Leningradi_Edasi_toimetus, lk 63
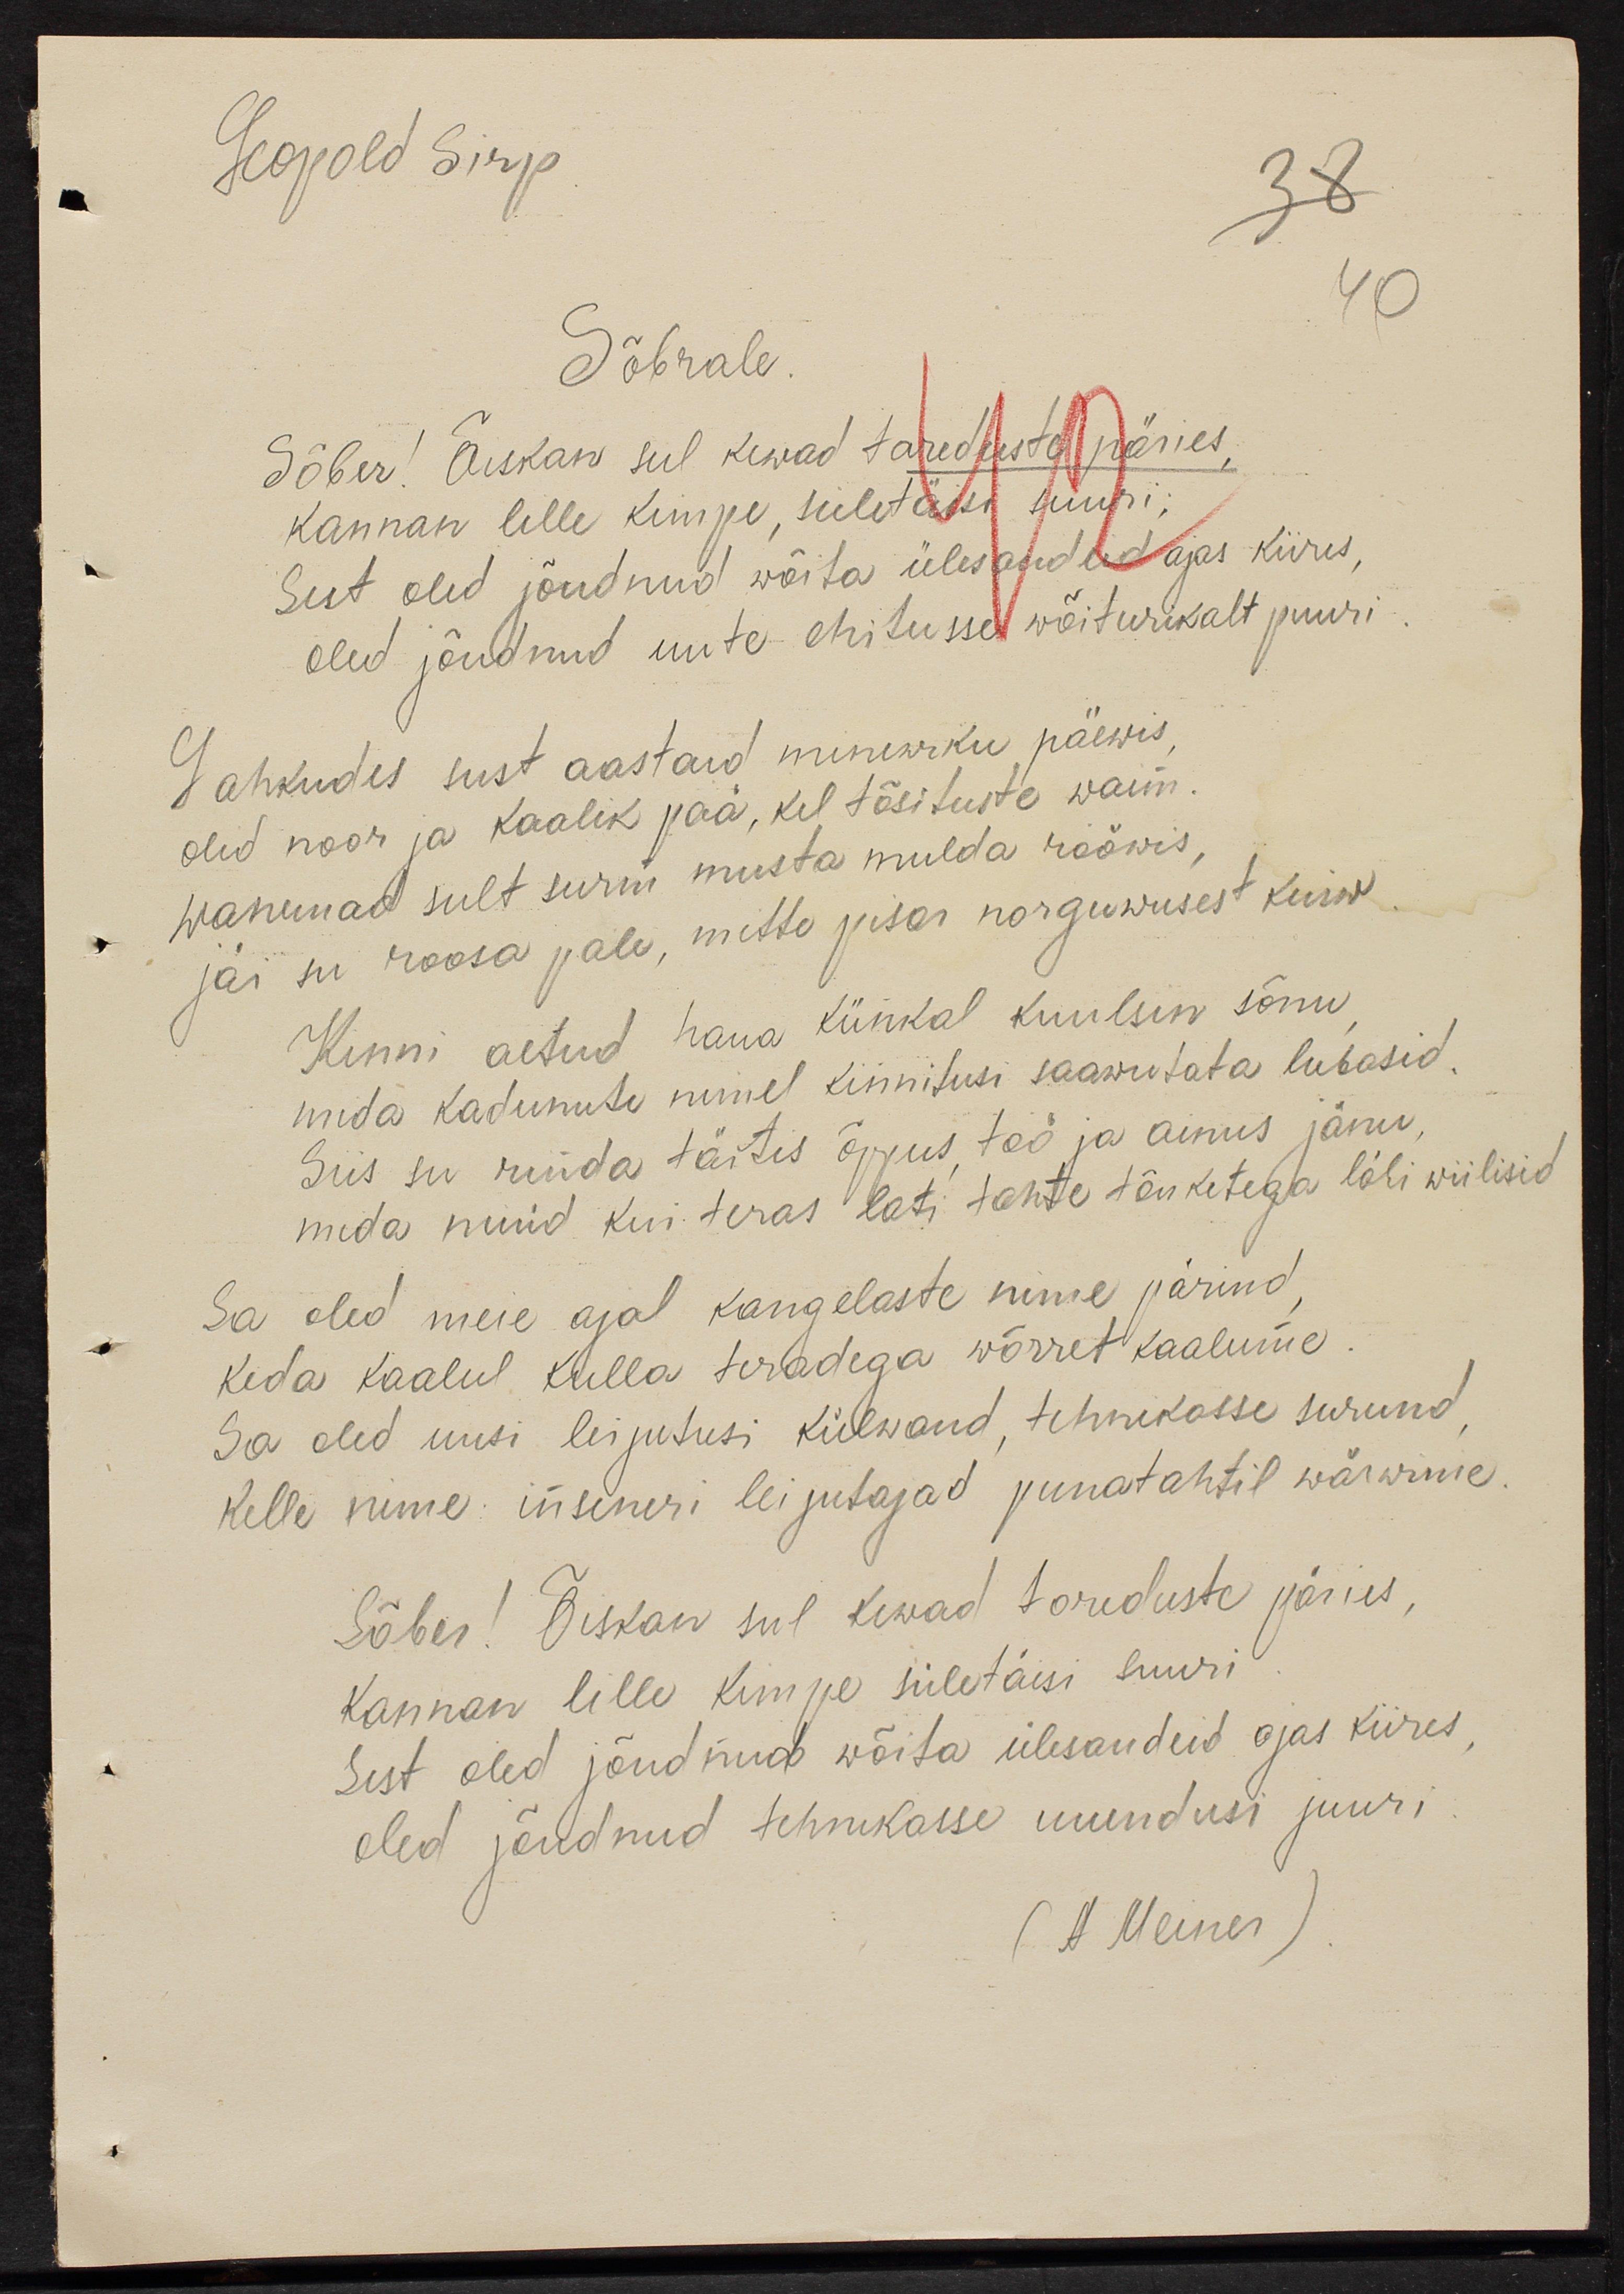
Leopold Sirp
Sõbrale
Sõber! õiskan sul kewad tareduste päries
kannan lille kimpe, sületäisi suuri
Sest olid jõudnud wõita ülesandeid ajas kiires,
olud jõudnud uute ehitusse wõiturikalt puuri
Lahkudes sust aastaid minewiku päewis,
olid noor ja kaalik pää, kel tõsituste waim.
wanemad sult surm musta mulda röövis
jäi su roosa pale, mitte pisar norguwusest kuiw
Kinni aetud haua künkal kuulsin sõnu
mida kadunute nimel kinnitusi saawutata lubasid
Siis su rinda täitis õppus, töö ja ainus jänu,
mida nüüd kui teras lasti tahte tõuketega läbi wiilisid
Sa oled meie ajal kangelaste nime pärinud,
keda kaalul kulla teradega wõrret kaalume
Sa oled uusi leijutusi külwanud, tehnikasse surunud
kelle nime inseneri leijutajad punatahtil wärwinie.
Sõber! Õiskan sul kewad toreduste päries,
kannan lille kimpe sületäisi suuri
Sest oled jõudnud wõita ülesandeid ajas kiires
oled jõudnud tehnikasse uuendusi juuri
(A. Meiner)